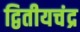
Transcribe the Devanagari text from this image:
द्वितीयचंद्र